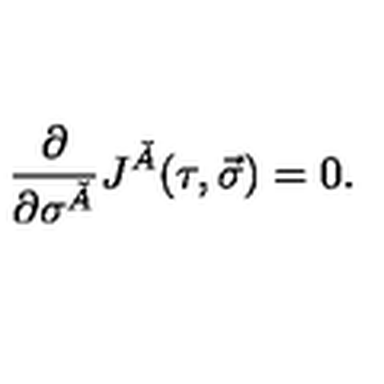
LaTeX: \frac { \partial } { \partial \sigma ^ { \check { A } } } J ^ { \check { A } } ( \tau , \vec { \sigma } ) = 0 .